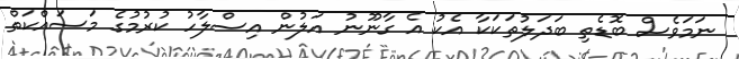
ނަމަވެސް ބޮޑެތި ބަދަލުތަކަކާ އެކު އެ ގާނޫނު އަލުން އިސްލާހު ކުރުމުގެ މަސައްކަތް